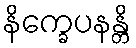
နိက္ခေပနန္တိ